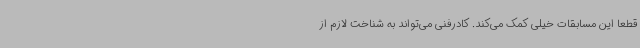
قطعا این مسابقات خیلی کمک می‌کند. کادرفنی می‌تواند به شناخت لازم از